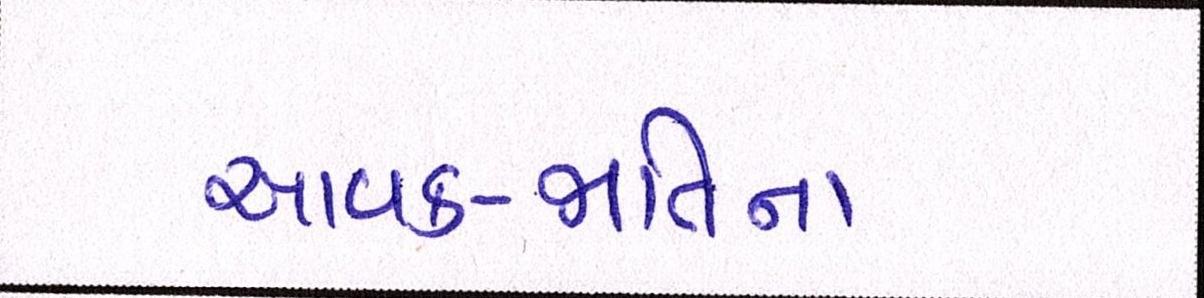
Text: આવક-જાતિના